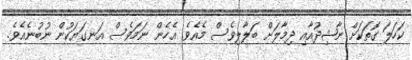
ކަހަލަ ގޮތަކަށް ނާޝިދުއާއި ދިމާލަށް ބަލާލިވެސް މެއެވެ. އެހެން ނަމަވެސް އަނގަޔަކުން ނުބުނެއެވެ.